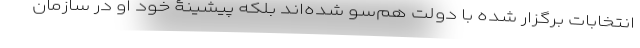
انتخابات برگزار شده با دولت هم‌سو شده‌اند بلکه پیشینۀ خود او در سازمان